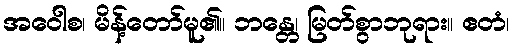
အဝေါစ၊ မိန့်တော်မူ၏။ ဘန္တေ၊ မြတ်စွာဘုရား။ ဧတံ၊